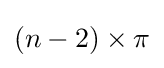
\left(n-2\right)\times {\pi }